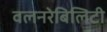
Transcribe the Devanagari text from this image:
वलनरेबिलिटी